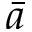
\bar { a }